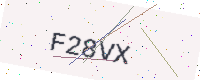
Text: F28VX